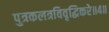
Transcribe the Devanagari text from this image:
पुत्रकलत्रविवृद्धिकरे॥४॥